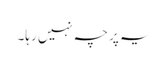
یہ پرچہ نہیں رہا۔